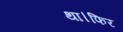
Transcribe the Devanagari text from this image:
था।फिर